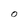
Character: O